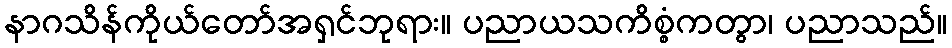
နာဂသိန်ကိုယ်တော်အရှင်ဘုရား။ ပညာယသကိစ္စံကတွာ၊ ပညာသည်။